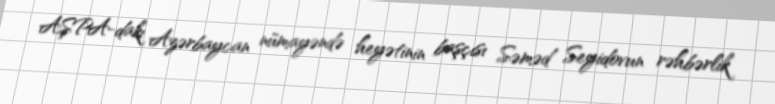
AŞPA-dakı Azərbaycan nümayəndə heyətinin başçısı Səməd Seyidovun rəhbərlik